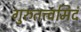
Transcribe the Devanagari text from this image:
गुरुतत्त्वमिदं